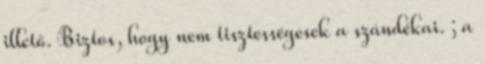
illető. Biztos, hogy nem tisztességesek a szándékai. ; a